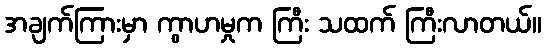
အချက်ကြားမှာ ကွာဟမှုက ကြီး သထက် ကြီးလာတယ်။